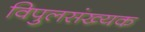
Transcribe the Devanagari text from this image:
विपुलसंख्यक